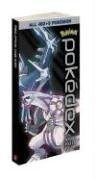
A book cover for Pokemon Poc Pokedex Vol.2: Prima Official Game Guide; Inc. Pokemon USA; Computers & Technology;